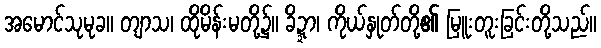
အမောင်သုမုခ။ တျာသ၊ ထိုမိန်းမတို့၌။ ခိဍ္ဍာ၊ ကိုယ်နှုတ်တို့၏ မြူးတူးခြင်းတို့သည်။